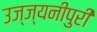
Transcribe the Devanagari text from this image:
उज्ज्यनीपुरी